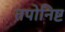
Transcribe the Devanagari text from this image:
तपोनिष्ट